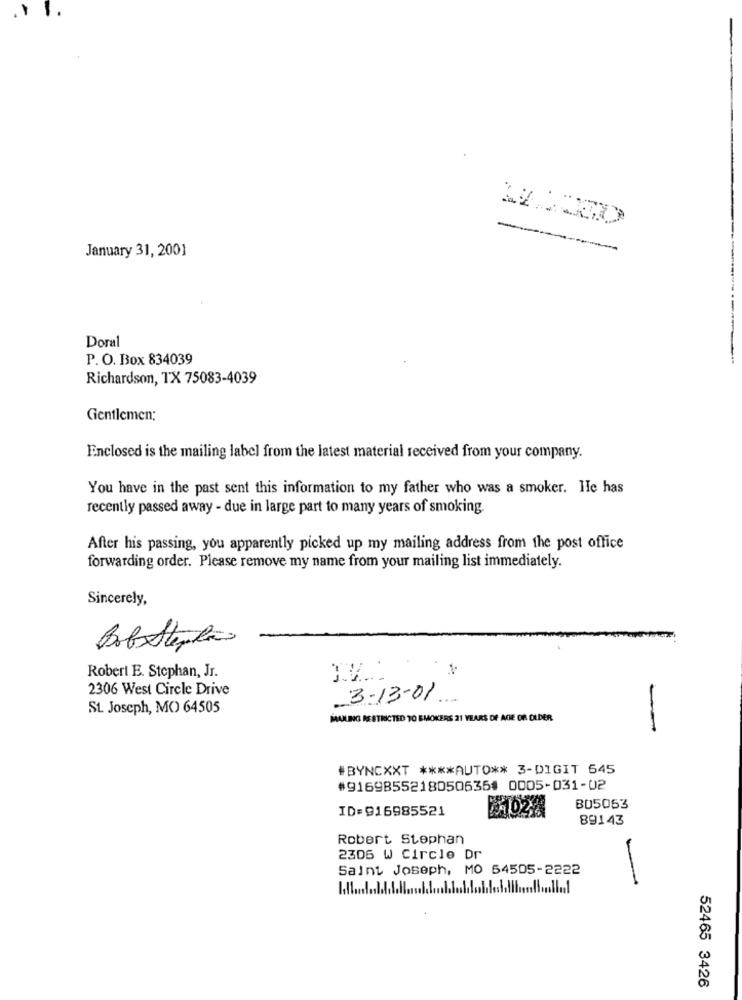
-
January 31, 2001
Doral
P. O. Box 834039
Richardson, TX 75083-4039
Gentlemen;
Enclosed is the mailing label from the latest material received from your company.
You have in the past sent this information to my father who was a smoker. He has
recently passed away - due in large part to many years of smoking.
After his passing, you apparently picked up my mailing address from the post office
forwarding order. Please remove my name from your mailing list immediately.
Sincerely,
BobStephan
Robert E. Stephan, Jr.
2306 West Circle Drive
3-13-01.
St. Joseph, MO 64505
MAULING RESTRICTED TO SMOKERS 21 YEARS OF AGE OR OLDER
#BYNCXXT **** AUTO ** 3-DIGIT 645
#9169855218050635# 0005-031-02
ID=916985521
BU5063
89143
Robert Stephan
2305 W Circle Dr
Saint Joseph, MO 54505-2222
-
52465 3426